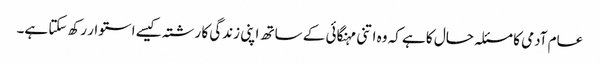
عام آدمی کا مسئلہ حال کا ہے کہ وہ اتنی مہنگائی کے ساتھ اپنی زندگی کا رشتہ کیسے استوار رکھ سکتا ہے۔